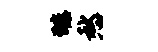
臻愁